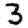
Digit: 3